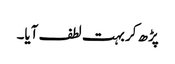
پڑھ کر بہت لطف آیا۔